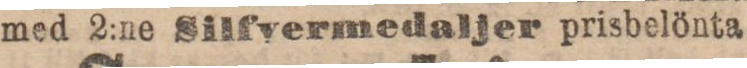
med 2:ne Silfvermedaljer prisbelönta